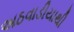
અઠવાડીયાથી